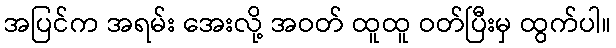
အပြင်က အရမ်း အေးလို့ အဝတ် ထူထူ ဝတ်ပြီးမှ ထွက်ပါ။